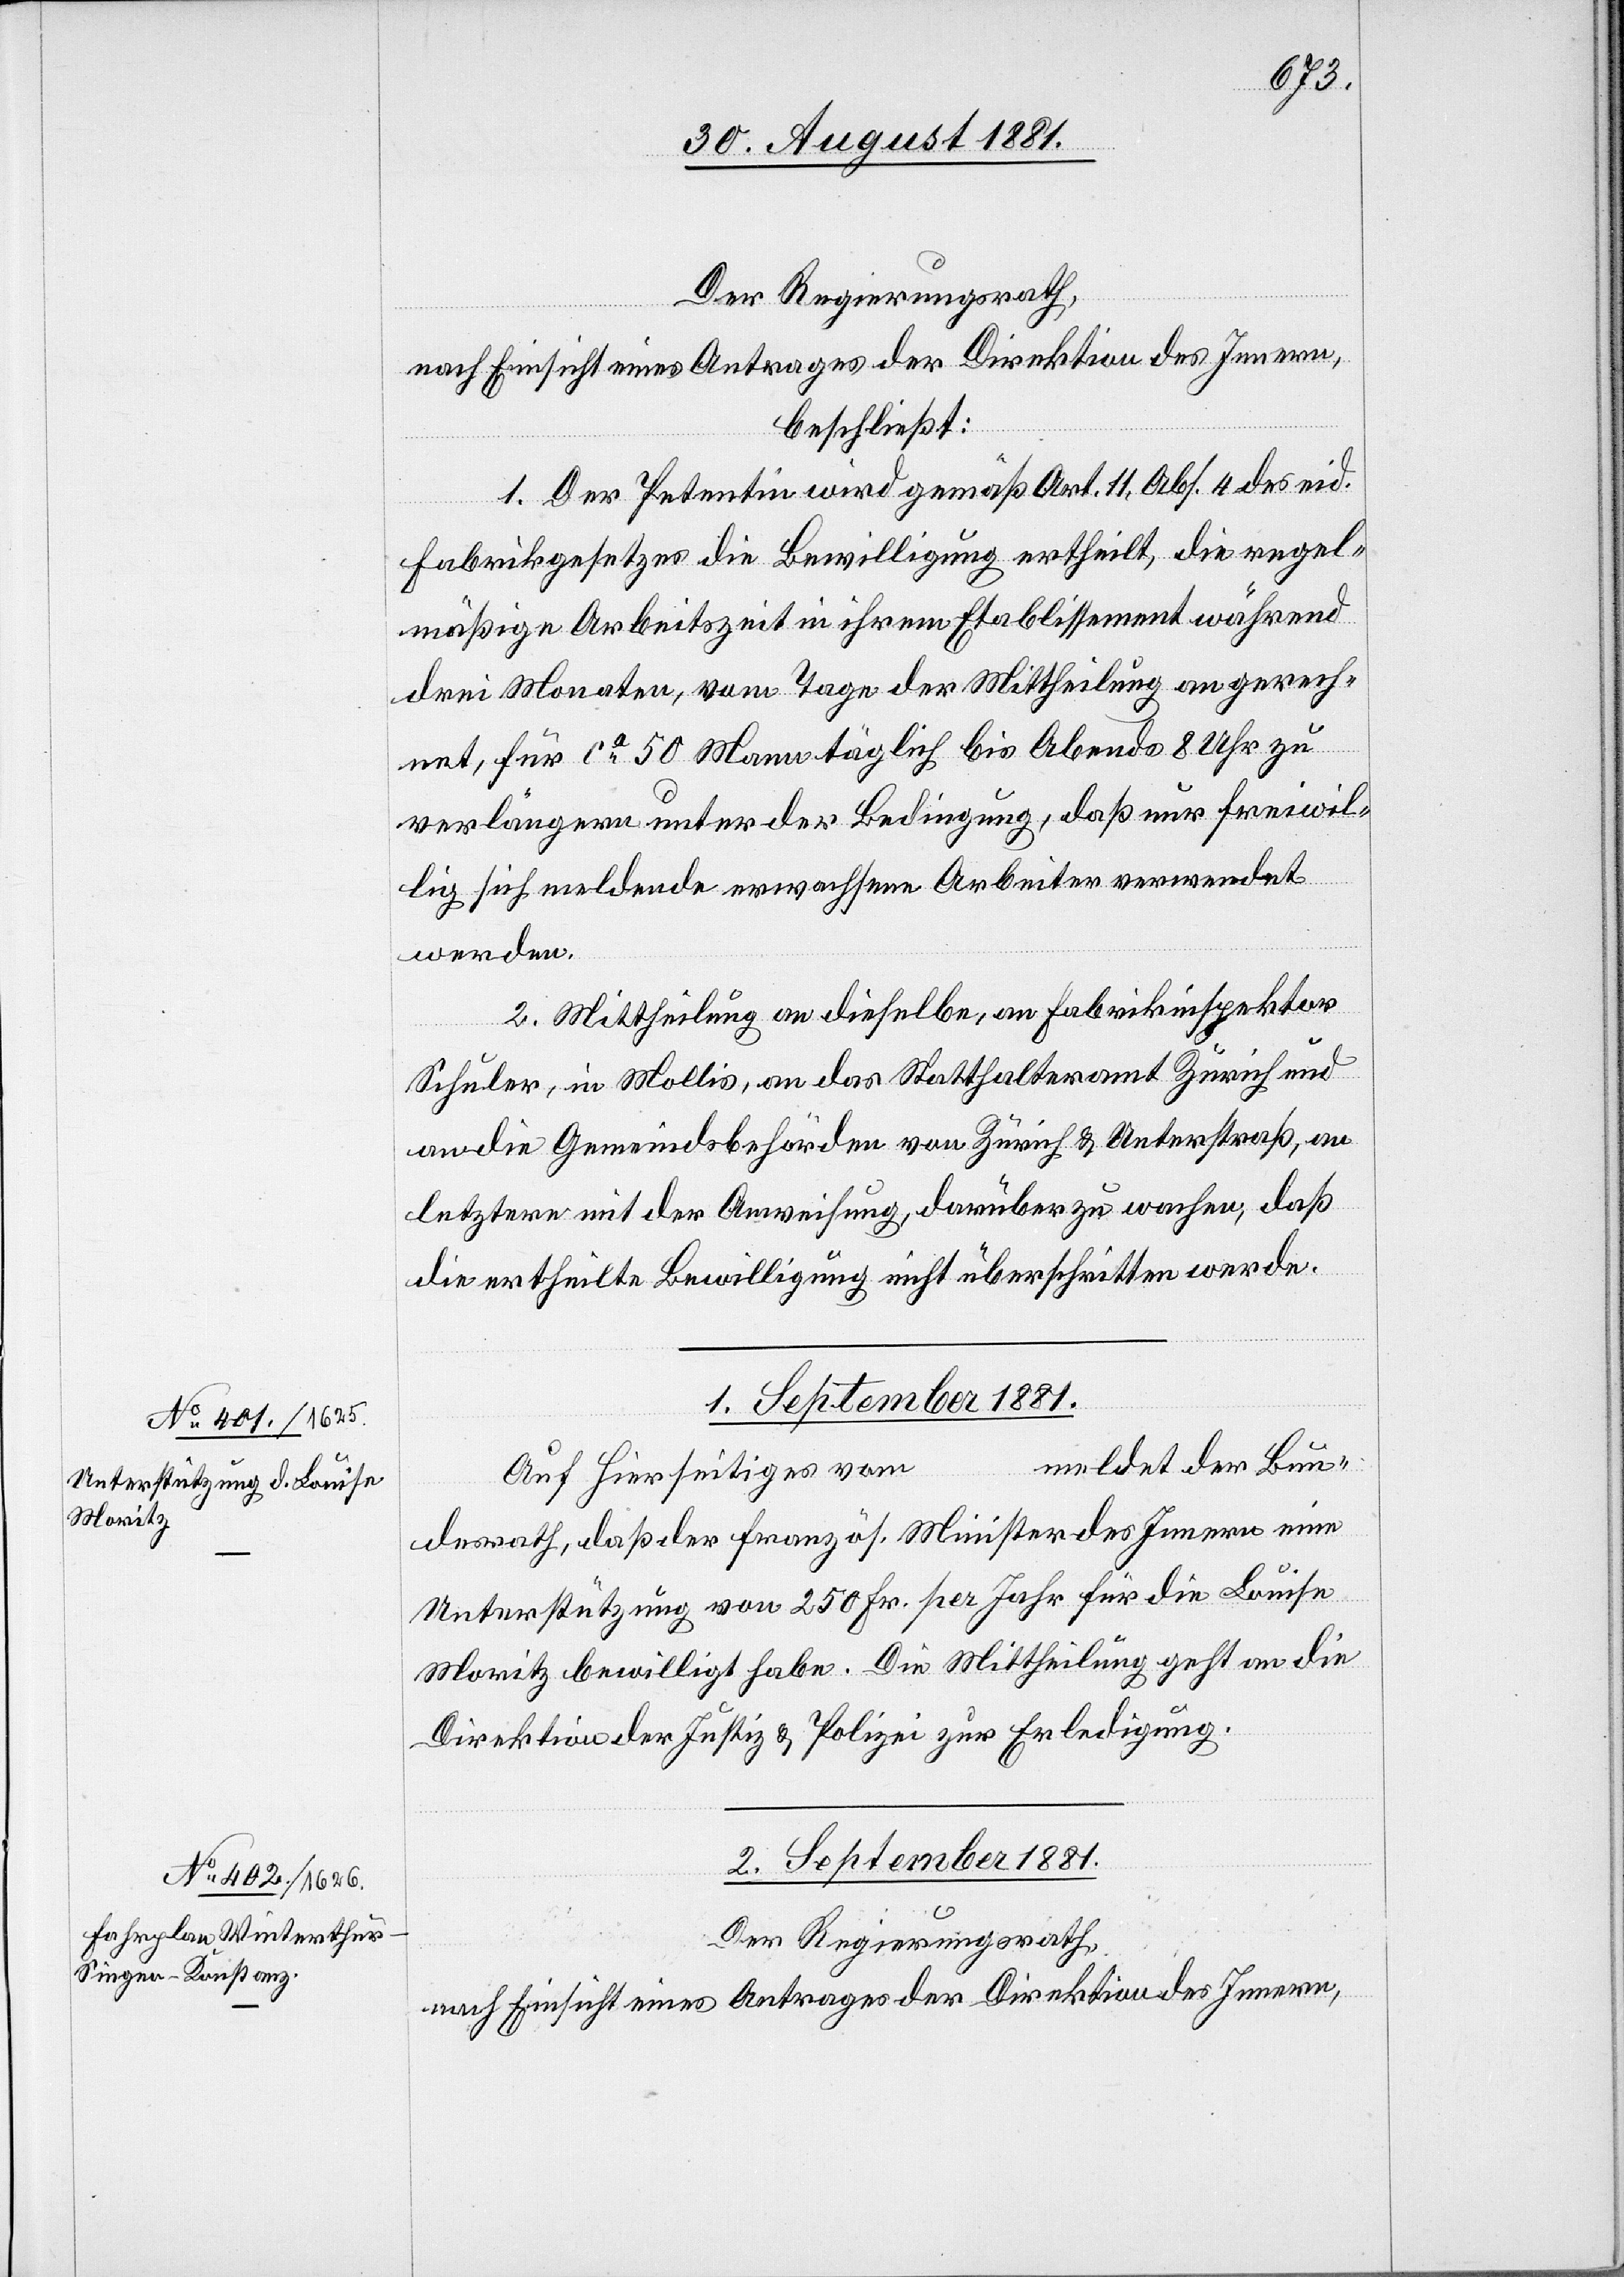
[Pr¬
Der Regierungsrath,
nach Einsicht eines Antrages der Direktion des Innern,
beschließt:
1. Der Petentin wird gemäß Art. 11, Abs. 4 des eid.
Fabrikgesetzes die Bewilligung ertheilt, die regel¬
mäßige Arbeitszeit in ihrem Etablissement während
drei Monaten, vom Tage der Mittheilung an gerech¬
net, für ca 50 Mann täglich bis Abends 8 Uhr zu
verlängern unter der Bedingung, daß nur freiwil¬
lig sich meldende erwachsene Arbeiter verwendet
werden.
2. Mittheilung an dieselbe, an Fabrikinspektor
Schuler, in Mollis, an das Statthalteramt Zürich und
an die Gemeindebehörden von Zürich & Unterstraß, an
letztere mit der Anweisung, darüber zu wachen, daß
die ertheilte Bewilligung nicht überschritten werde.
1. September 1881.
meldet der Bun¬
äsidial-Verfügungen]
Auf Hierseitiges vom
desrath, daß der französ. Minister des Innern eine
Unterstützung von 250 Fr. per Jahr für die Louise
Moritz bewilligt habe. Die Mittheilung geht an die
Direktion der Justiz & Polizei zur Erledigung.
2. September 1881.
Dem Regierungsrath,
nach Einsicht eines Antrages der Direktion des Innern,